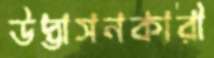
উদ্ভাসনকারী